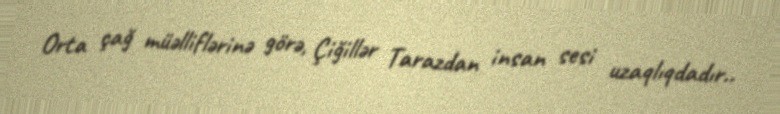
Orta çağ müəlliflərinə görə, Çiğillər Tarazdan insan sesi uzaqlıqdadır..